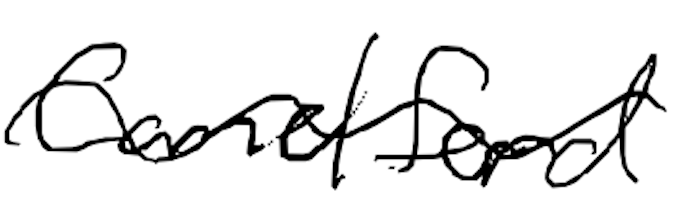
Text: Camelford
Cross-out: wave
Writing tool: digital_black